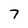
Character: 7